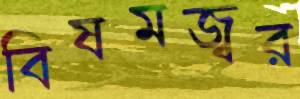
বিষমজ্বর